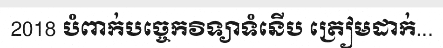
2018 បំពាក់បច្ចេកវិទ្យាទំនើប ត្រៀមដាក់...